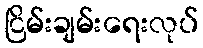
ငြိမ်းချမ်းရေးလုပ်